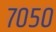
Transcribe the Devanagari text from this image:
७०५०